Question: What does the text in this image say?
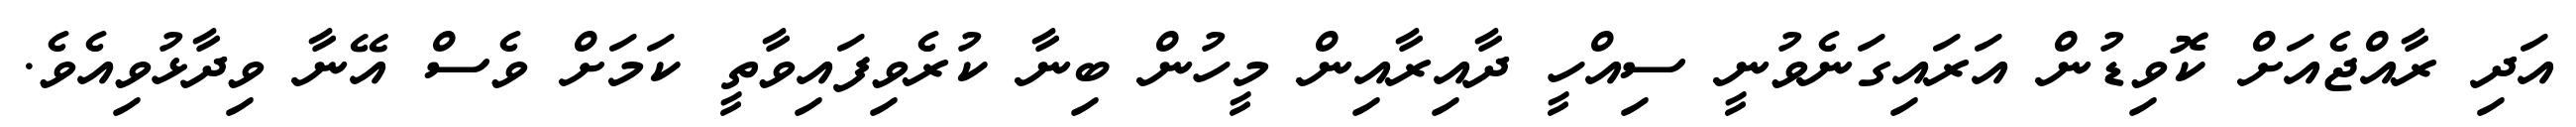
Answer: އަދި ރާއްޖެއަށް ކޮވިޑުން އަރައިގަނެވުނީ ސިއްހީ ދާއިރާއިން މީހުން ބިނާ ކުރެވިފައިވާތީ ކަމަށް ވެސް އޭނާ ވިދާޅުވިއެވެ.